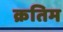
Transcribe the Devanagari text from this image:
क्रतिम